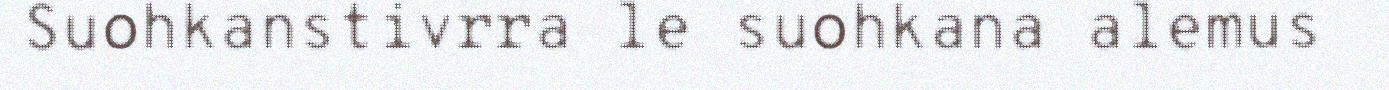
Suohkanstivrra le suohkana alemus